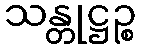
သန္တုဋ္ဌဉ္စ